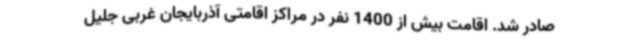
صادر شد. اقامت بیش از 1400 نفر در مراکز اقامتی آذربایجان غربی جلیل